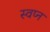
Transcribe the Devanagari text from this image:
स्वप्‍न